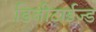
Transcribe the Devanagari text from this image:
डिजीटाईज्‍ड